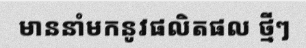
មាននាំមកនូវផលិតផល ថ្មីៗ